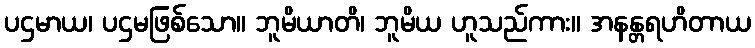
ပဌမာယ၊ ပဌမဖြစ်သော။ ဘူမိယာတိ၊ ဘူမိယ ဟူသည်ကား။ အနန္တရဟိတာယ